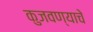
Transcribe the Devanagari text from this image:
कुजवण्याचे